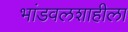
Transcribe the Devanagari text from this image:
भांडवलशाहीला